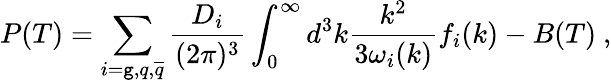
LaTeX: P(T)=\sum_{i=\mathtt{g},q,{\overline{{{q}}}}}\frac{{D_{i}}}{{(2\pi)^{3}}}\int_{0}^{\infty}d^{3}k\frac{{k^{2}}}{{3\omega_{i}(k)}}f_{i}(k)-B(T)\ ,